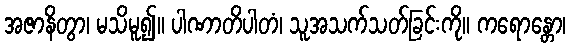
အဇာနိတွာ၊ မသိမူ၍။ ပါဏာတိပါတံ၊ သူအသက်သတ်ခြင်းကို။ ကရောန္တော၊